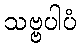
သဗ္ဗပါပံ